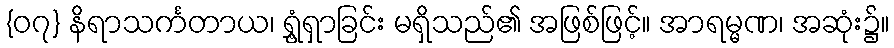
{၀၇} နိရာသင်္ကတာယ၊ ရွှံ့ရှာခြင်း မရှိသည်၏ အဖြစ်ဖြင့်။ အာရမ္မဏ၊ အဆုံး၌။